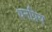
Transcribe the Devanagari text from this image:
धनप्रिय